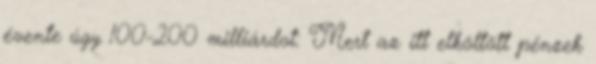
évente úgy 100-200 milliárdot: Mert az itt elköltött pénzek